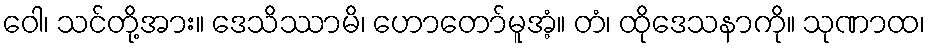
ဝေါ၊ သင်တို့အား။ ဒေသိဿာမိ၊ ဟောတော်မူအံ့။ တံ၊ ထိုဒေသနာကို။ သုဏာထ၊